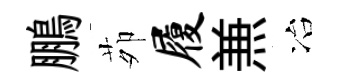
鵬茆履𠔥冶